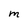
Character: M